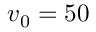
v _ { 0 } = 5 0